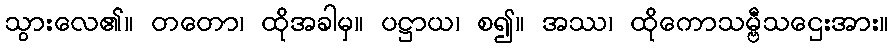
သွားလေ၏။ တတော၊ ထိုအခါမှ။ ပဋ္ဌာယ၊ စ၍။ အဿ၊ ထိုကောသမ္ဗီသဌေးအား။